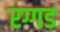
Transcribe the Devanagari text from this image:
रग्गड